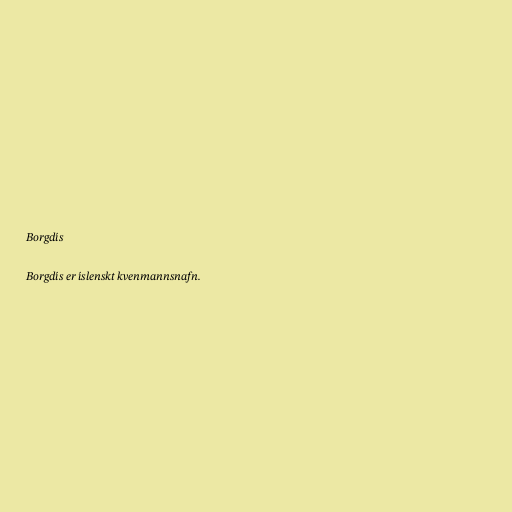
Borgdís

Borgdís er íslenskt kvenmannsnafn.